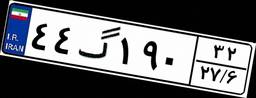
۴۴گ۱۹۰۳۲